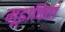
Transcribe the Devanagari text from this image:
गूढाविद्या